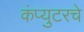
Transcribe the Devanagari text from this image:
कंप्युटरचे